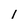
Character: 1